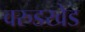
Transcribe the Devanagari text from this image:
वरुडखेड